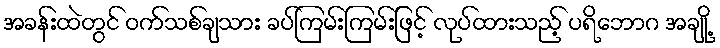
အခန်းထဲတွင် ဝက်သစ်ချသား ခပ်ကြမ်းကြမ်းဖြင့် လုပ်ထားသည့် ပရိဘောဂ အချို့